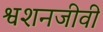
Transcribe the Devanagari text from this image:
श्वशनजीवी